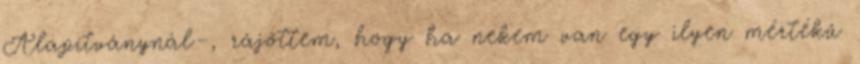
Alapítványnál–, rájöttem, hogy ha nekem van egy ilyen mértékű